Studies on the mouth parts a Comparative anatomy of the proboscis in the blood-sucking muscidae - Number 60
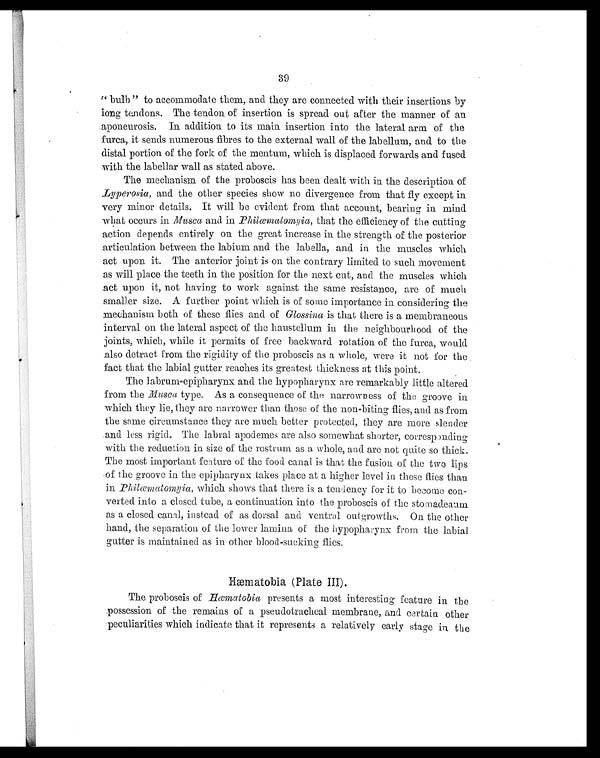
39
"bulb" to accommodate them, and they are connected with their insertions by
long tendons. The tendon of insertion is spread out after the manner of an
aponeurosis. In addition to its main insertion into the lateral arm of the
furca, it sends numerous fibres to the external wall of the labellum, and to the
distal portion of the fork of the mentum, which is displaced forwards and fused
with the labellar wall as stated above.
The mechanism of the proboscis has been dealt with in the description of
Lyperosia , and the other species show no divergence from that fly except in
very minor details. It will be evident from that account, bearing in mind
what occurs in Musca and in Philæmatomyia, that the efficiency of the cutting
action depends entirely on the great increase in the strength of the posterior
articulation between the labium and the labella, and in the muscles which
act upon it. The anterior joint is on the contrary limited to such movement
as will place the teeth in the position for the next cut, and the muscles which
act upon it, not having to work against the same resistance, are of much
smaller size. A further point which is of some importance in considering the
mechanism both of these flies and of Glossina is that there is a membraneous
interval on the lateral aspect of the haustellum in the neighbourhood of the
joints, which, while it permits of free backward rotation of the furca, would
also detract from the rigidity of the proboscis as a whole, were it not for the
fact that the labial gutter reaches its greatest thickness at this point.
The labrum-epipharynx and the hypopharynx are remarkably little altered
from the Musca type. As a consequence of the narrowness of the groove in.
which they lie, they are narrower than those of the non-biting flies, and as from
the same circumstance they are much. better protected, they are more slender
and less rigid. The labral apodemes are also somewhat shorter, corresponding
with the reduction in size of the rostrum as a whole, and are not quite so thick.
The most important feature of the food canal is that the fusion of the two lips
of the groove in the epipharynx takes place at a higher level in these flies than
in Philæmatomyia , which shows that there is a tendency for it to become con-
verted into a closed tube, a continuation into the proboscis of the stomadeaum
as a closed canal, instead of as dorsal and ventral outgrowths. On the other
hand, the separation of the lower lamina of the hypopharynx from the labial
gutter is maintained as in other blood-sucking flies.
Hæmatobia (Plate III).
The proboscis of Hæmatobia presents a most interesting feature in the
possession of the remains of a pseudotracheal membrane, and certain other
peculiarities which indicate that it represents a relatively early stage in the